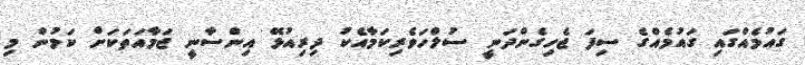
ގައުމެއްގައި ގައުމެއްގެ ސިފަ ޖެހިގެންދަނީ ސުލްހަވެރިކަމާއެކު ދިރިއުޅޭ އިންސާނީ ޖަމާއަތަކަށް ކަމުން މި